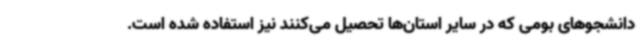
دانشجوهای بومی که در سایر استان‌ها تحصیل می‌کنند نیز استفاده شده است.